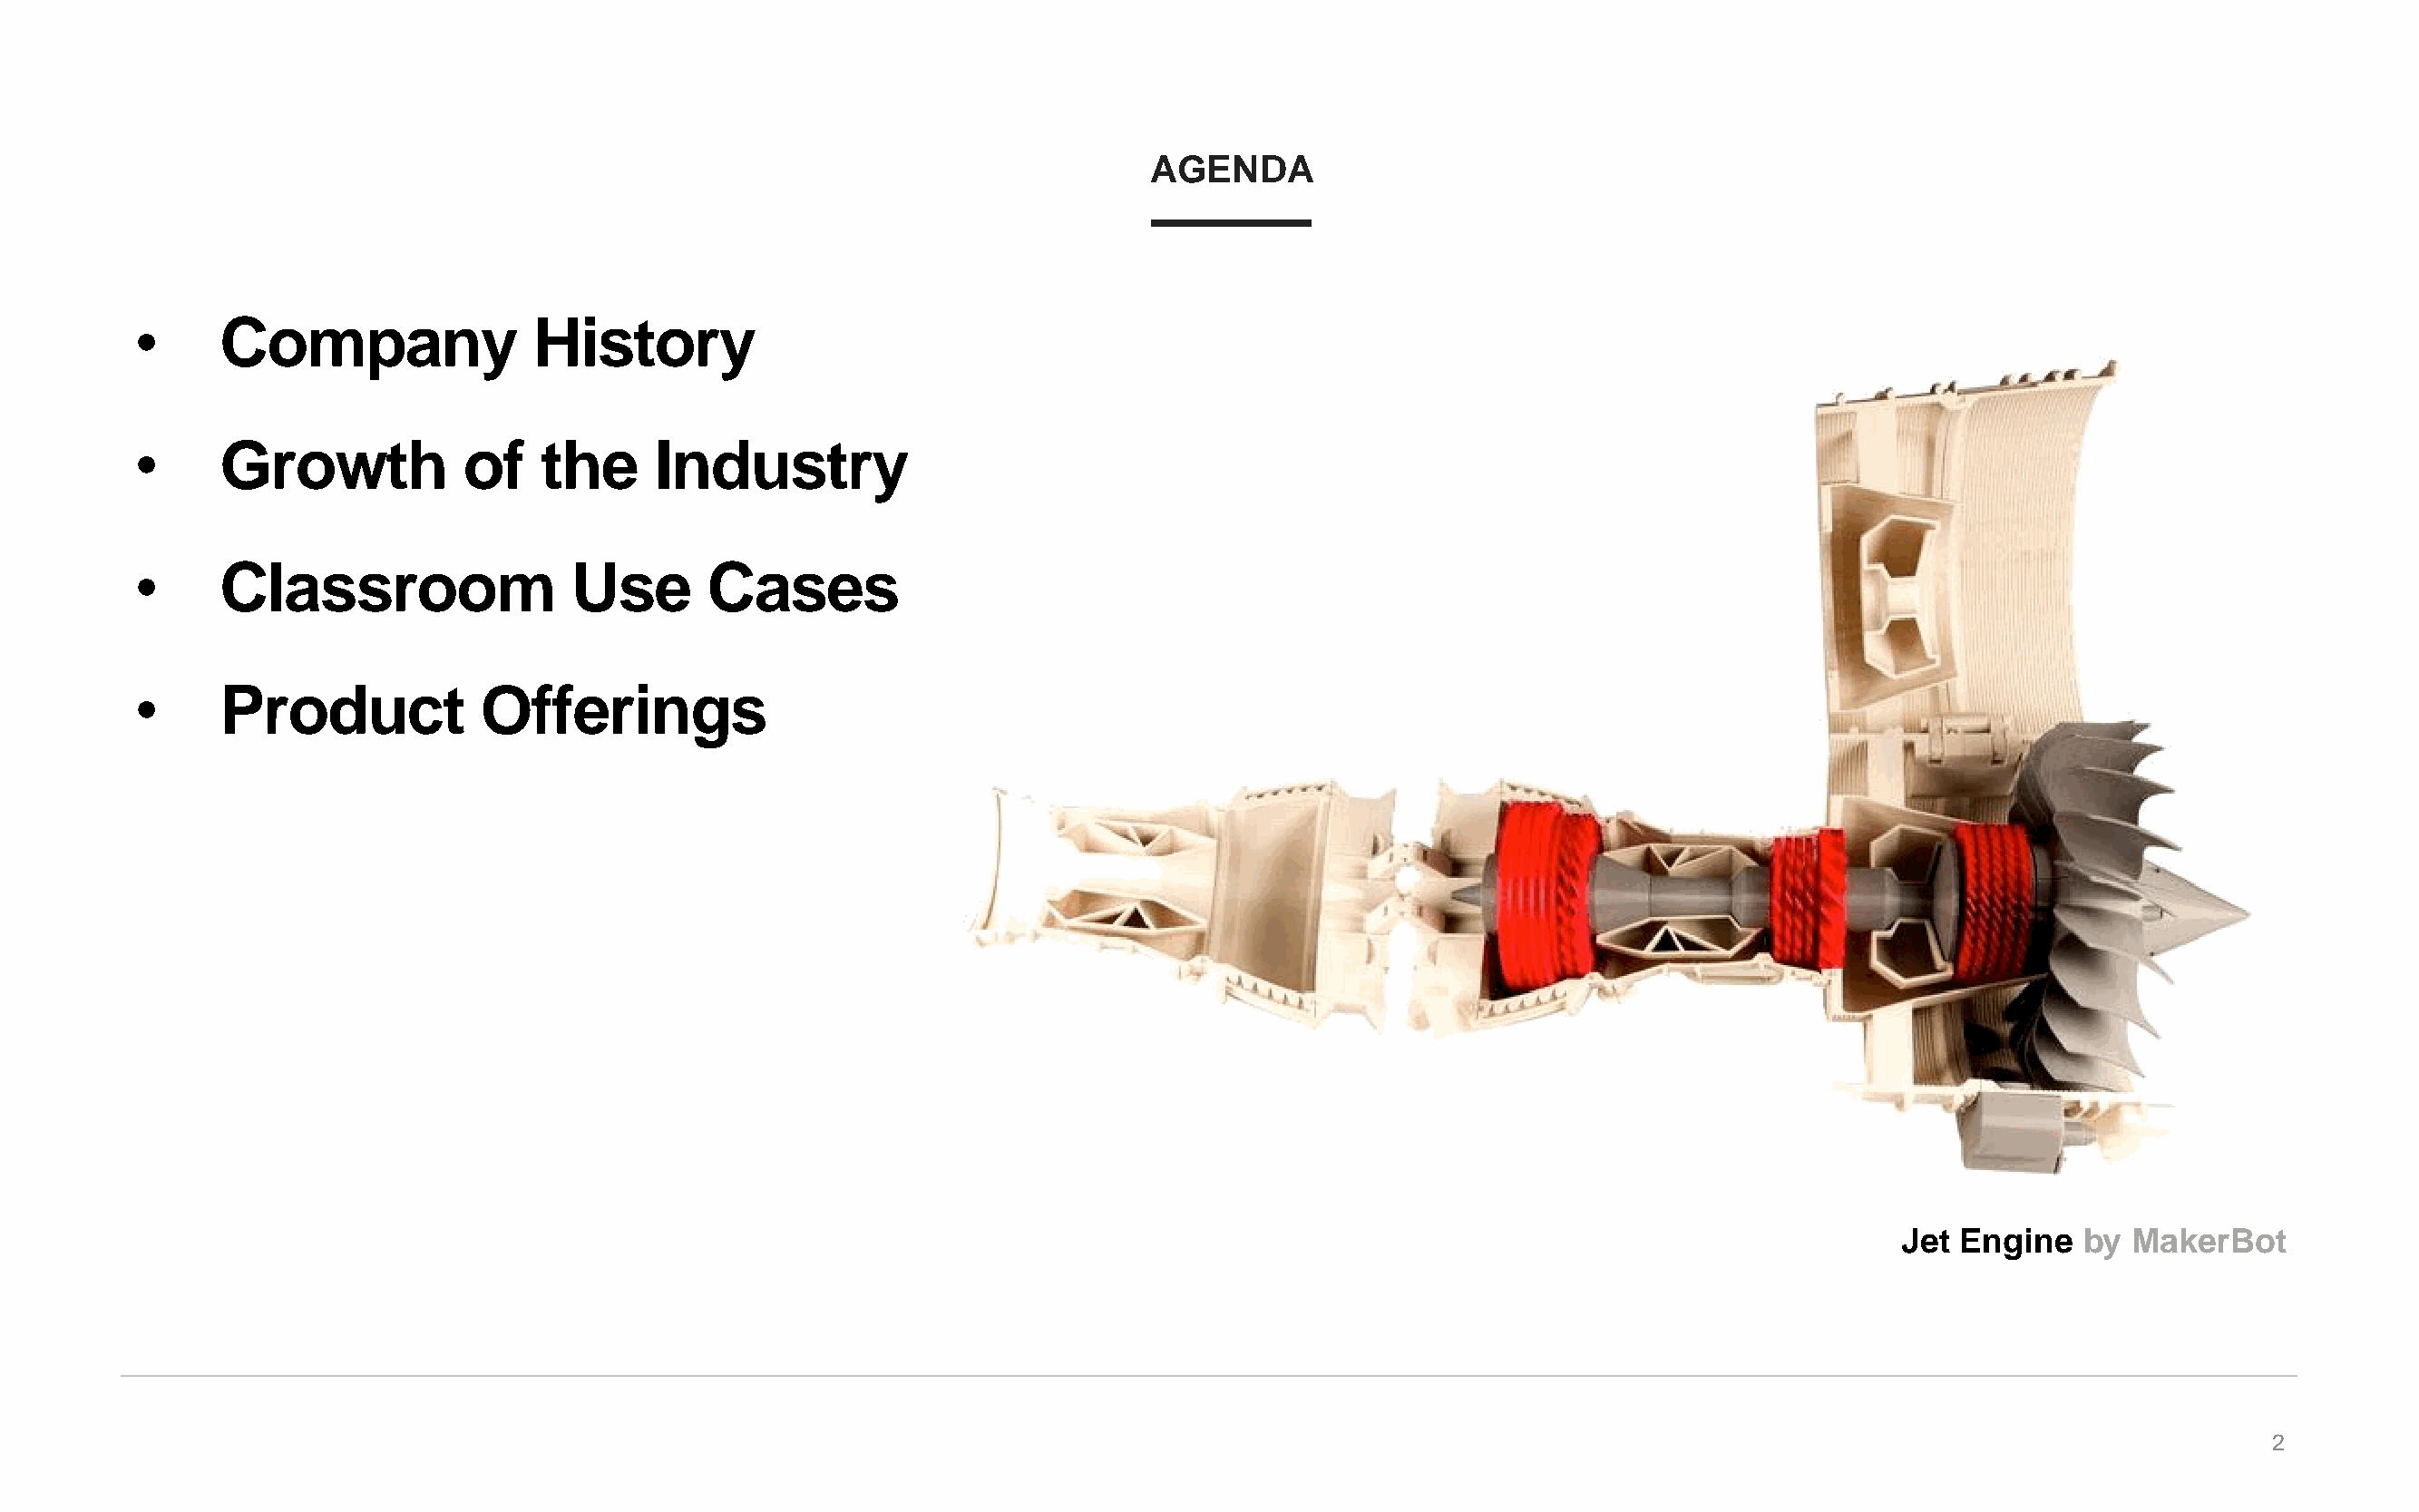
AGENDA
 •     Company                History
 •     Growth            of   the      Industry
 •     Classroom                 Use       Cases
 •     Product            Offerings
 Jet Engine   by  MakerBot
 2